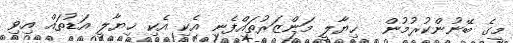
މީގެ ބޭނުންކުރުމުން  ޚިޔާލީ މަންޒަރުތައްފެނި އެކި އެކި ޚިޔާލީ އަޑުތައް އިވި